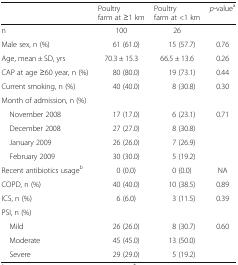
<table><thead><tr><td></td><td><b>Poultry farm at ≥1 km</b></td><td><b>Poultry farm at &lt;1 km</b></td><td><b><i>p</i>-value<sup>a</sup></b></td></tr></thead><tbody><tr><td>n</td><td>100</td><td>26</td><td></td></tr><tr><td>Male sex, n (%)</td><td>61 (61.0)</td><td>15 (57.7)</td><td>0.76</td></tr><tr><td>Age, mean ± SD, yrs</td><td>70.3 ± 15.3</td><td>66.5 ± 13.6</td><td>0.26</td></tr><tr><td>CAP at age ≥60 year, n (%)</td><td>80 (80.0)</td><td>19 (73.1)</td><td>0.44</td></tr><tr><td>Current smoking, n (%)</td><td>40 (40.0)</td><td>8 (30.8)</td><td>0.30</td></tr><tr><td colspan="4">Month of admission, n (%)</td></tr><tr><td> November 2008</td><td>17 (17.0)</td><td>6 (23.1)</td><td>0.71</td></tr><tr><td> December 2008</td><td>27 (27.0)</td><td>8 (30.8)</td><td></td></tr><tr><td> January 2009</td><td>26 (26.0)</td><td>7 (26.9)</td><td></td></tr><tr><td> February 2009</td><td>30 (30.0)</td><td>5 (19.2)</td><td></td></tr><tr><td>Recent antibiotics usage<sup>b</sup></td><td>0 (0.0)</td><td>0 (0.0)</td><td>NA</td></tr><tr><td>COPD, n (%)</td><td>40 (40.0)</td><td>10 (38.5)</td><td>0.89</td></tr><tr><td>ICS, n (%)</td><td>6 (6.0)</td><td>3 (11.5)</td><td>0.39</td></tr><tr><td colspan="4">PSI, n (%)</td></tr><tr><td> Mild</td><td>26 (26.0)</td><td>8 (30.7)</td><td>0.60</td></tr><tr><td> Moderate</td><td>45 (45.0)</td><td>13 (50.0)</td><td></td></tr><tr><td> Severe</td><td>29 (29.0)</td><td>5 (19.2)</td><td></td></tr></tbody></table>